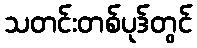
သတင်းတစ်ပုဒ်တွင်